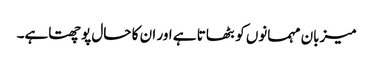
میزبان مہمانوں کو بٹھاتا ہے اور ان کا حال پوچھتاہے۔